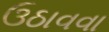
ઉઠાવવા